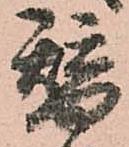
替